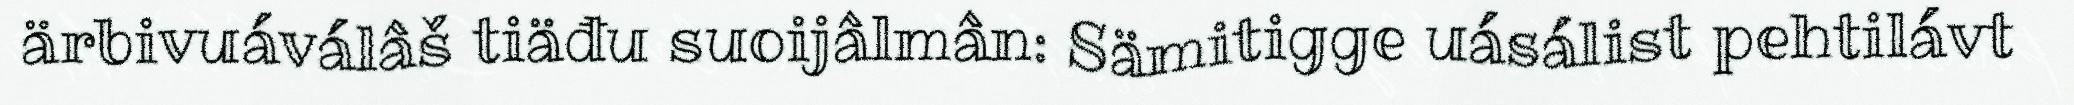
ärbivuáválâš tiäđu suoijâlmân: Sämitigge uásálist pehtilávt